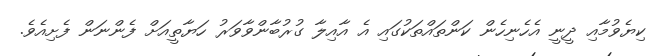
ކިޔެވުމާއި ދީނީ އެހެނިހެން ކަންތައްތަކުގައި އެ އާއިލާ ގުރުބާންވާވަރު ހަޔާތީއަށް ފެންނަން ފެށިއެވެ.